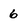
Character: 6